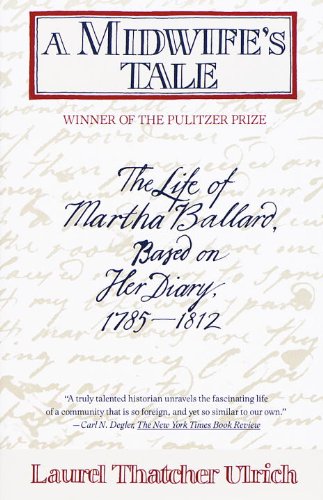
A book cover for A Midwife's Tale: The Life of Martha Ballard, Based on Her Diary, 1785-1812; Laurel Thatcher Ulrich; Biographies & Memoirs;